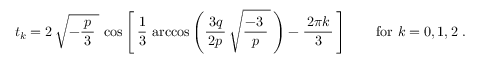
t _ { k } = 2 \, { \sqrt { - { \frac { \, p \, } { 3 } } \; } } \, \cos \left[ \, { \frac { 1 } { 3 } } \, \operatorname { a r c c o s } \left( { \frac { \, 3 q \, } { 2 p } } \, { \sqrt { { \frac { - 3 \; } { p } } \, } } \, \right) - { \frac { \, 2 \pi k \, } { 3 } } \, \right] \qquad { \mathrm { f o r } } ~ k = 0 , 1 , 2 \; .